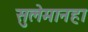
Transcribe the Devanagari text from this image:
सुलेमानहा